Problem: 41 + 14 = ?
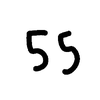
Handwritten answer: 55